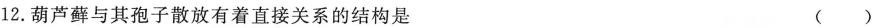
12.葫芦藓与其孢子散放有着直接关系的结构是 ( )